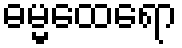
ဓမ္မထေရော